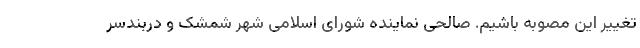
تغییر این مصوبه باشیم. صالحی نماینده شورای اسلامی شهر شمشک و دربندسر